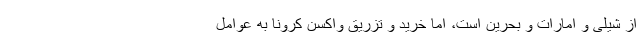
از شیلی و امارات و بحرین است، اما خرید و تزریق واکسن کرونا به عوامل